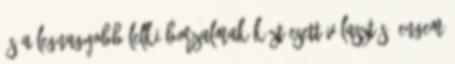
és a legnagyobb lelki borzalmak közt esett választás. Engem